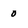
Character: 0